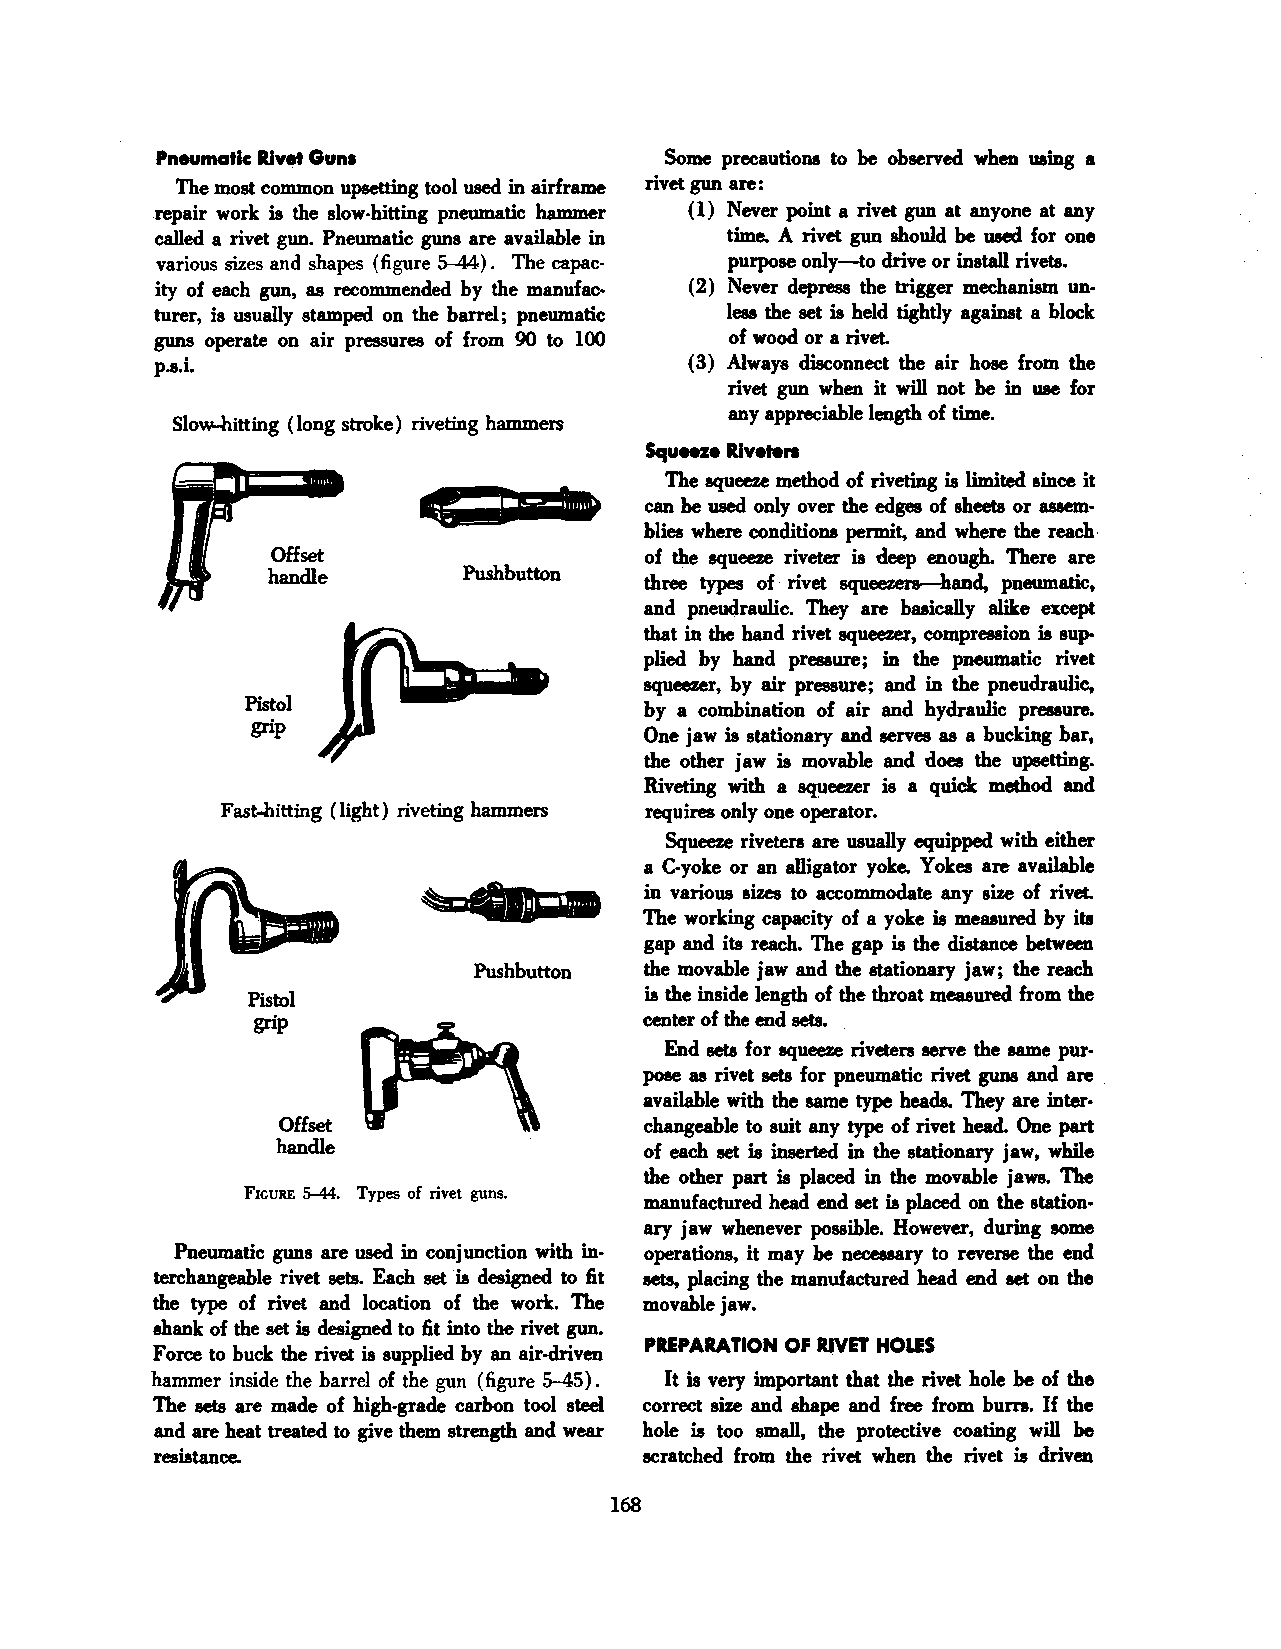
Pneumatic Rivet Guns             Some precautions to be observed when uaing a
 The most common upsetting tool used in airframe rivet gun are:
 repair work is the slow-hitting pneumatic hammer ( 1) Never point a rivet gun at anyone at any
 called a rivet gun. Pneumatic guns are available in time. A rivet gun should be used for one
 various sizes and shapes (figure 5--44). The capac· purpose only-to drive or install rivets.
 ity of each gun, as recommended by the manufac (2) Never depress the trigger mechanism un
 turer, is usually stamped on the barrel; pneumatic less the set is held tightly against a block
 guns operate on air pressures of from 90 to 100 of wood or a rivet.
 p.s.i.                             (3) Always disconnect the air hose from the
 rivet gun when it will not be in use for
 any appreciable length of time.
 Slow-hitting (long stroke) riveting hammers
 Squ. .z e Riveters
 The squeeze method of riveting is limited since it
 can be used only over the edges of sheets or assem
 blies where conditions permit, and where the reach
 Offset                   of the squeeze riveter is deep enough. There are
 handle       Pushbutton  three types of rivet squeezers-band, pneumatic,
 and pneudraulic. They are basically alike except
 that in the hand rivet squeezer, compression is sup
 plied by hand pressure; in the pneumatic rivet
 squeezer, by air pressure; and in the pneudraulic,
 Pistol                    by a combination of air and hydraulic pressure.
 grip
 One jaw is stationary and serves as a bucking bar,
 the other jaw is movable and does the upsetting.
 Riveting with a squeezer is a quick method and
 Fast-hitting (light) riveting hammers requires only one operator.
 Squeeze riveters are usually equipped with either
 a C-yoke or an alligator yoke. Yokes are available
 in various sizes to accommodate any size of rivet.
 The working capacity of a yoke is measured by its
 gap and its reach. The gap is the distance between
 Pushbutton the movable jaw and the stationary jaw; the reach
 Pistol                    is the inside length of the throat measured from the
 grip                      center of the end sets.
 End sets for squeeze riveters serve the same pur·
 pose as rivet sets for pneumatic rivet guns and are
 available with the same type heads. They are inter·
 Offset                  changeable to suit any type of rivet head. One part
 handle                  of each set is inserted in the stationary jaw, while
 the other part is placed in the movable jaws. The
 FIGURE 5-44. Types of rivet guns. manufactured head end set is placed on the station
 ary jaw whenever possible. However, during some
 Pneumatic guns are used in conjunction with in operations, it may be necessary to reverse the end
 terchangeable rivet sets. Each set is designed to fit sets, placing the manufactured head end set on the
 the type of rivet and location of the work. The movable jaw.
 ehank of the set is designed to fit into the rivet gun.
 PREPARATION OF IUVET HOLES
 Force to buck the rivet is supplied by an air-driven
 hammer inside the barrel of the gun (figure 5-45) . It is very important that the rivet hole be of the
 The sets are made of high-grade carbon tool steel correct size and shape and free from burrs. If the
 and are heat treated to give them strength and wear hole is too small, the protective coating will be
 resistance.                     scratched from the rivet when the rivet is driven
 168